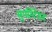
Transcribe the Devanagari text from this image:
सुपरिंटेंडंट